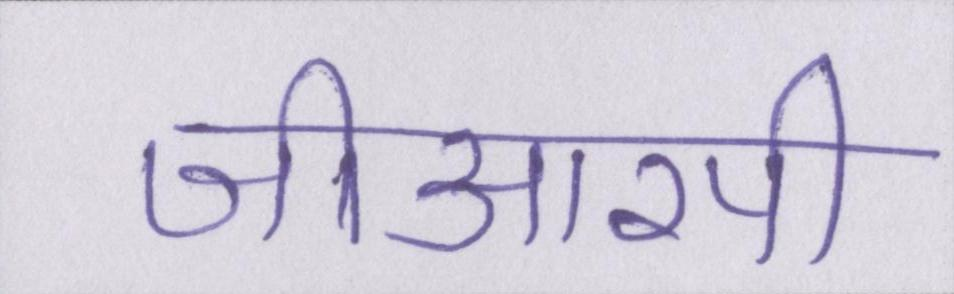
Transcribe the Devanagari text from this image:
जीआरपी